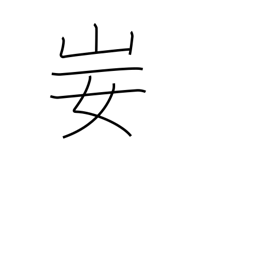
Meaning: contempt